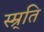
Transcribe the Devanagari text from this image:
स्म्र्ति